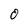
Character: 0